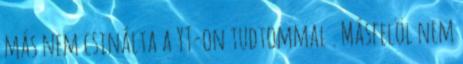
más nem csinálta a YT-on tudtommal . Másfelöl nem